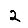
Digit: 2